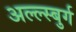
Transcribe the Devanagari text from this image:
अल्ल्स्बुर्ग